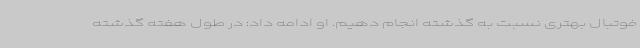
فوتبال بهتری نسبت به گذشته انجام دهیم. او ادامه داد: در طول هفته گذشته